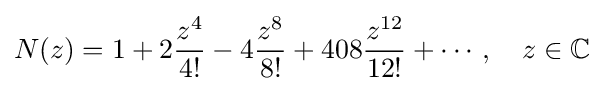
N(z)=1+2{\frac {z^{4}}{4!}}-4{\frac {z^{8}}{8!}}+408{\frac {z^{12}}{12!}}+\cdots ,\quad z\in \mathbb {C}